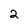
Character: 2